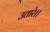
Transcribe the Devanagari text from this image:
उतारे।।